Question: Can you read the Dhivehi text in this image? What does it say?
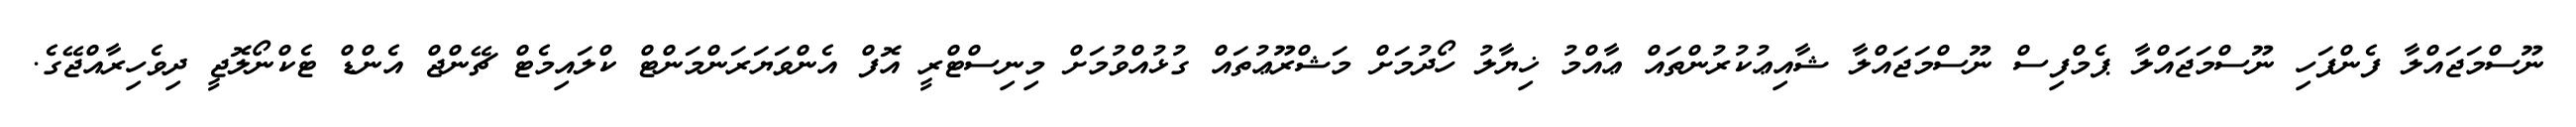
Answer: ނޫސްމަޖައްލާ ފެންފަހި ނޫސްމަޖައްލާ ޕެމްފިސް ނޫސްމަޖައްލާ ޝާއިޢުކުރުންތައް ޢާއްމު ޚިޔާލު ހޯދުމަށް މަޝްރޫޢުތައް ގުޅުއްވުމަށް މިނިސްޓްރީ އޮފް އެންވަޔަރަންމަންޓް ކްލައިމެޓް ޗޭންޖް އެންޑް ޓެކްނޯލޮޖީ ދިވެހިރާއްޖޭގެ.